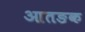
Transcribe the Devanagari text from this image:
आतङक